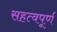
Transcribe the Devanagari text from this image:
सहत्वपूर्ण